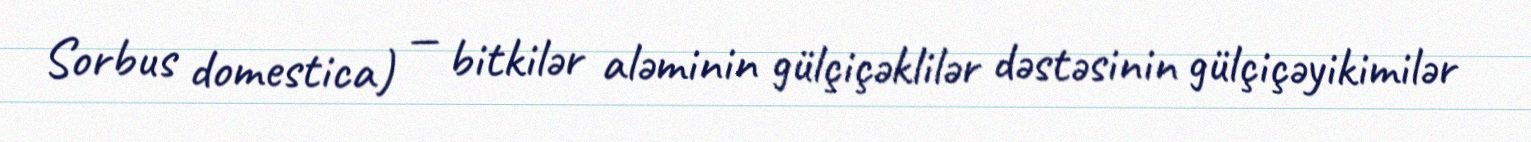
Sorbus domestica) — bitkilər aləminin gülçiçəklilər dəstəsinin gülçiçəyikimilər